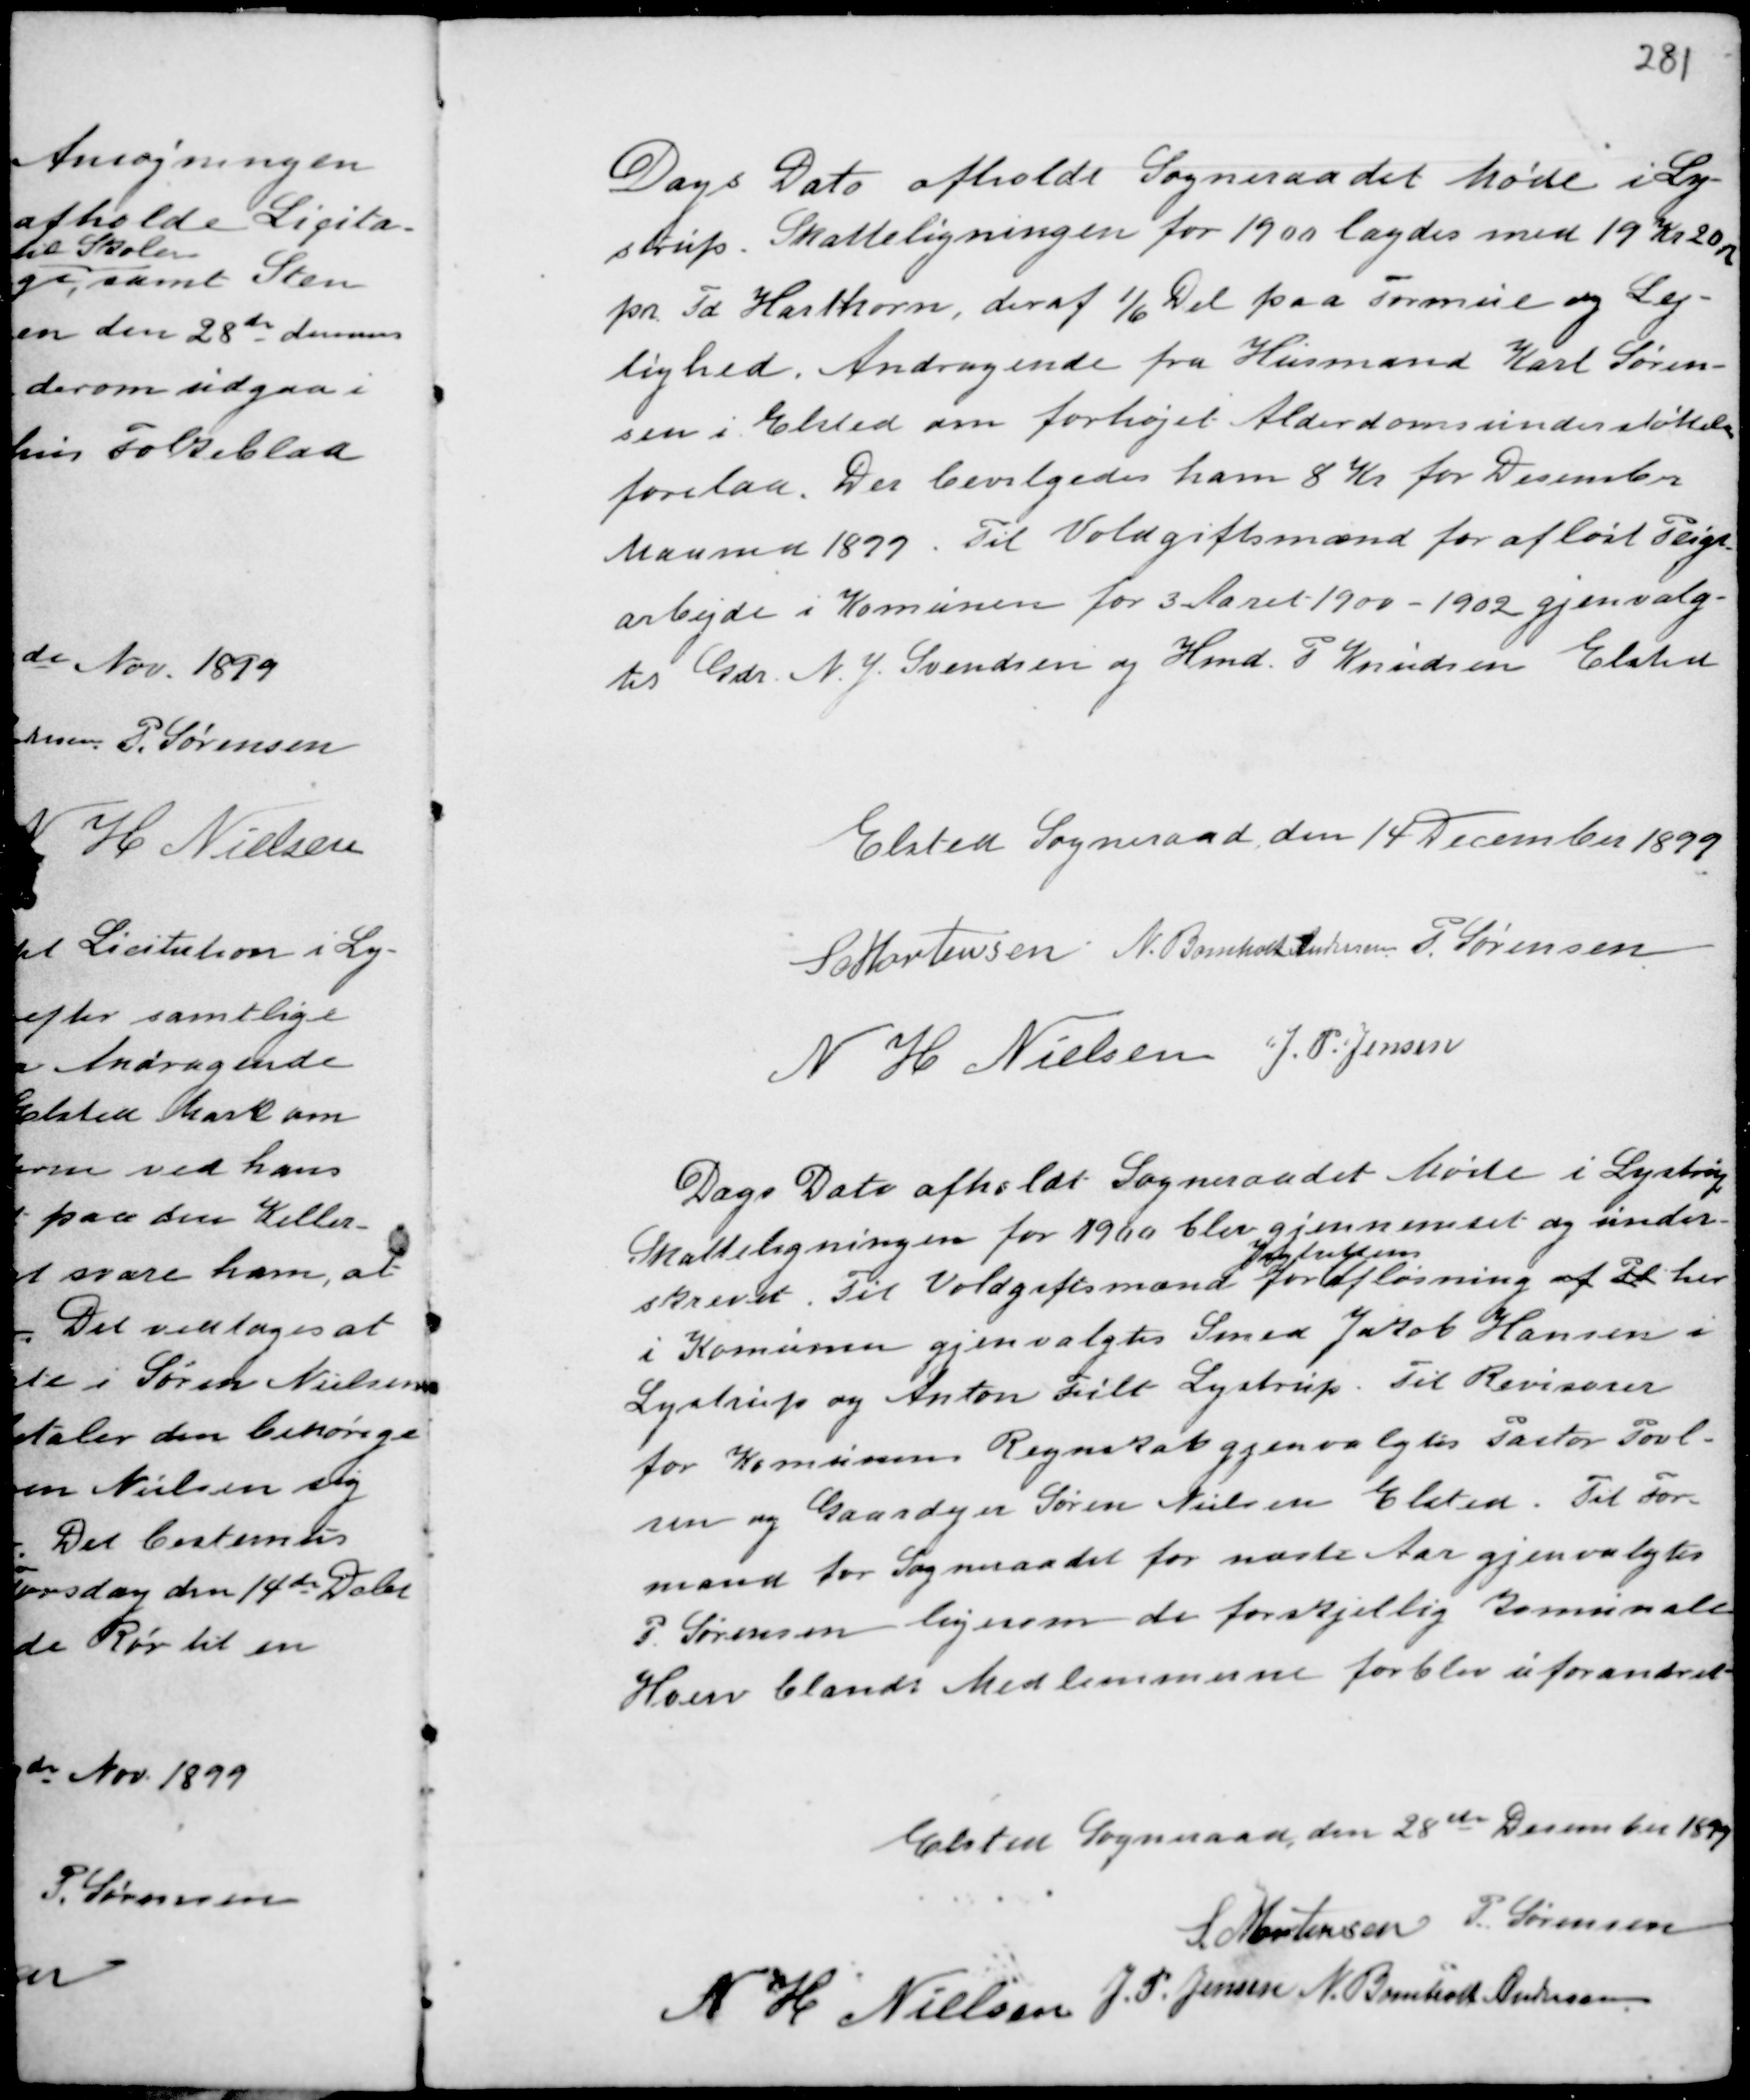
Transskription:
Dags Dato afholdt Sogneraadet Møde i Ly-
strup. Skatteligningen for 1900 lagdes med 19 Kr 20 n
pr. Td Hartkorn, deraf 1/6 Del paa Formue og Lej-
lighed. Andragende fra Husmand Karl Søren-
sen i Elsted om forhøjet Alderdomsunderstøttelse
forelaa. Der bevilgedes ham 8 Kr for December
Maaned 1899. Til Voldgiftsmand for afløst Pligt-
arbejde i Komunen for 3 Aaret 1900 - 1902 gjenvalg-
tes Gdr N. J. Svendsen og Hmd P Knudsen Elsted

Elsted Sogneraad den 14 December 1899
S Mortensen N. Bomholt Andersen P. Sørensen
N H Nielsen J. P. Jensen

Dags Dato afholdt Sogneraadet Møde i Lystrup
Skatteligningen for 1900 blev gjennemset og under-
skrevet. Til Voldgiftsmænd for afløsning af Pl
xxxxxxx
her
i Komunen gjenvalgtes Smed Jakob Hansen i
Lystrup og Anton Filt Lystrup. Til Revisorer
for Komunens Regnskab gjenvalgtes Pastor Poul-
sen og Gaardejer Søren Nielsen Elsted. Til For-
mand for Sogneraadet for næste Aar gjenvalgtes
P. Sørensen ligesom de forskjellige Komunale
Hverv blandt Medlemmerne forblev uforandret.

Elsted Sogneraad, den 28de December 1899
S. Mortensen P. Sørensen
N H Nielsen
J. P. Jensen N. Bomholt Andersen